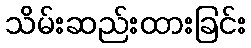
သိမ်းဆည်းထားခြင်း